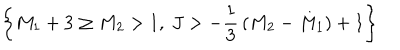
LaTeX: \left\{ M _ { 1 } + 3 \ge M _ { 2 } > 1 , ~ J > - { \frac { 1 } { 3 } } \left( M _ { 2 } - M _ { 1 } \right) + 1 \right\}